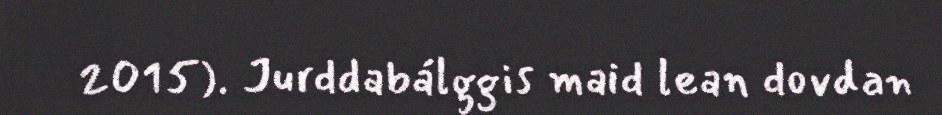
2015). Jurddabálggis maid lean dovdan